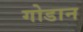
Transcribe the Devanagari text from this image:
गोडान